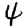
Digit: 4